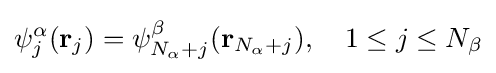
\psi _{j}^{\alpha }(\mathbf {r} _{j})=\psi _{N_{\alpha }+j}^{\beta }(\mathbf {r} _{N_{\alpha }+j}),\ \ \ 1\leq j\leq N_{\beta }